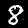
Label: 8